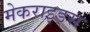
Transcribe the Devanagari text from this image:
मेकराइड्स